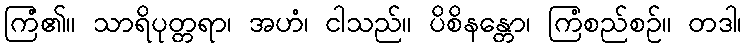
ကြံ၏။ သာရိပုတ္တရာ၊ အဟံ၊ ငါသည်။ ပိစိနန္တော၊ ကြံစည်စဉ်။ တဒါ၊